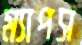
ম্যাপস